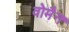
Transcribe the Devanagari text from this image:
वोमैन